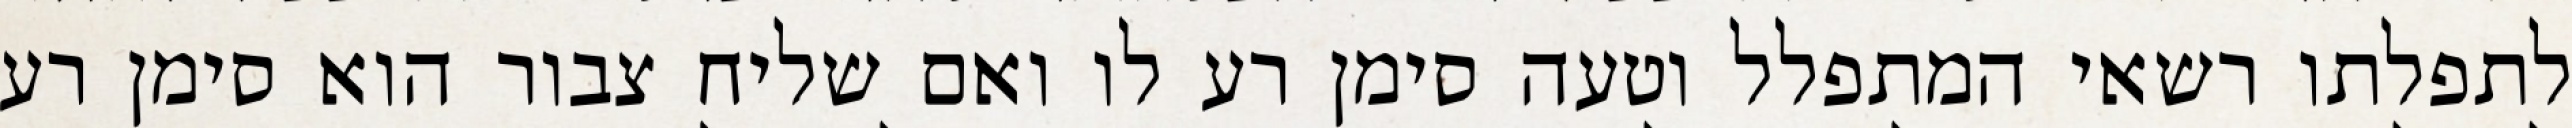
לתפלתו רשאי המתפלל וטעה סימן רע לו ואם שליח צבור הוא סימן רע